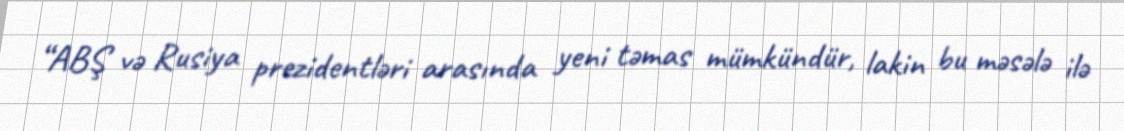
“ABŞ və Rusiya prezidentləri arasında yeni təmas mümkündür, lakin bu məsələ ilə